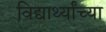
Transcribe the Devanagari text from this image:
विद्यार्थ्‍यांच्‍या